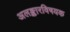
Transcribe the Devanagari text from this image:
अलङ्कारविषयक